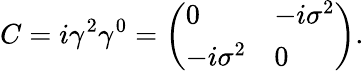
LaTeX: C=i\gamma^{2}\gamma^{0}={\left(\begin{array}{ll}{0}&{-i\sigma^{2}}\\ {-i\sigma^{2}}&{0}\end{array}\right)}.